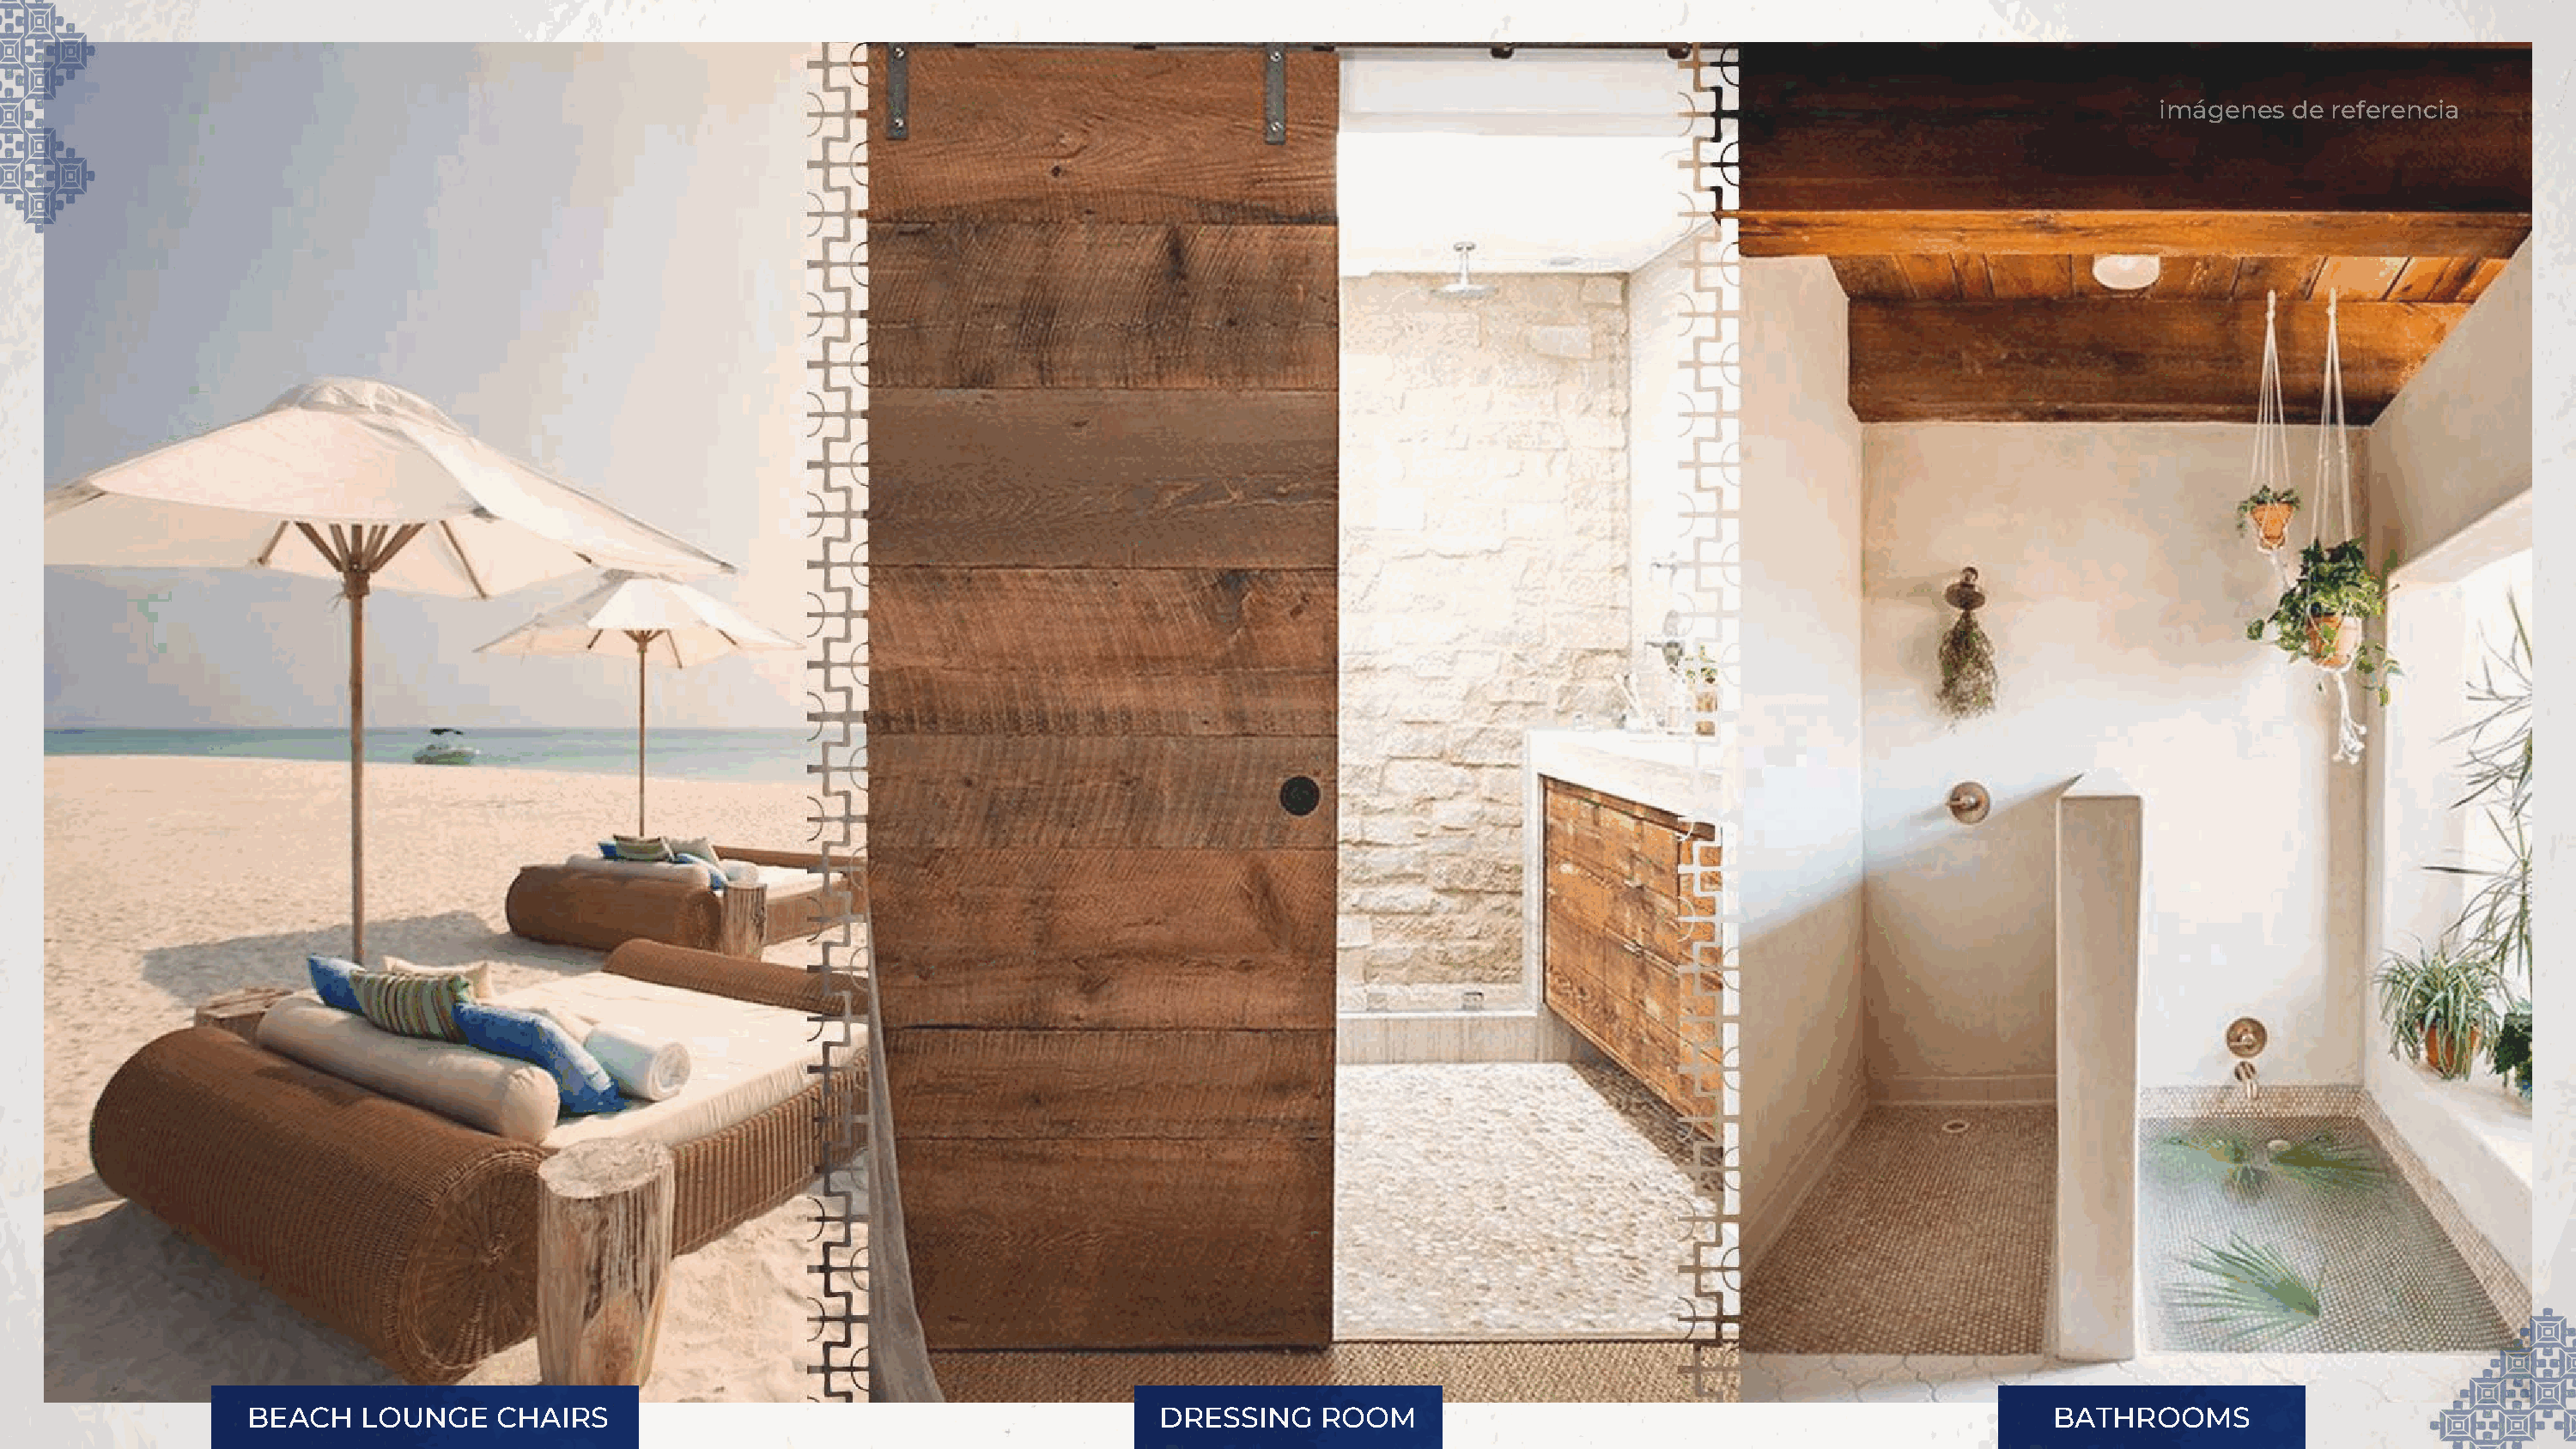
imágenes   de referencia
 BEACH    LOUNGE    CHAIRS                                             DRESSING     ROOM                                                imágBeAnTeHs dReO rOefMerSencia